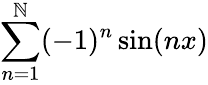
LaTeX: \sum\limits_{n=1}^{\mathbb{N}}(-1)^{n}\sin(nx)